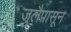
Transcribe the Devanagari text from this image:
जुलैपासून